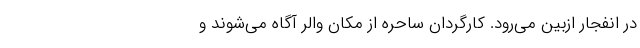
در انفجار ازبین می‌رود. کارگردان ساحره از مکان والر آگاه می‌شوند و